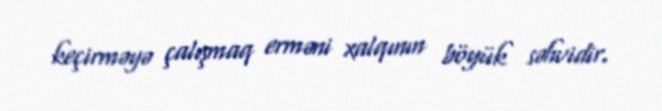
keçirməyə çalışmaq erməni xalqının böyük səhvidir.